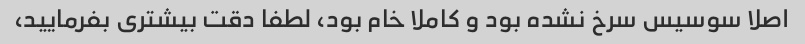
اصلا سوسیس سرخ نشده بود و کاملا خام بود، لطفا دقت بیشتری بفرمایید،